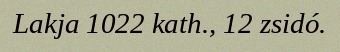
Lakja 1022 kath., 12 zsidó.